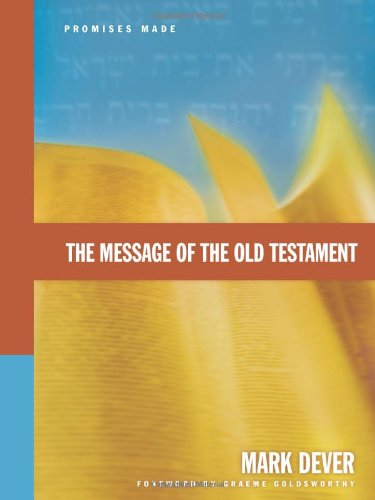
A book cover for The Message of the Old Testament: Promises Made; Mark Dever; Christian Books & Bibles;